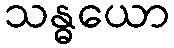
သန္ဓယော